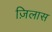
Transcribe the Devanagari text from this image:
ज़िलास